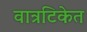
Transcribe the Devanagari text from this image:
वात्रटिकेत